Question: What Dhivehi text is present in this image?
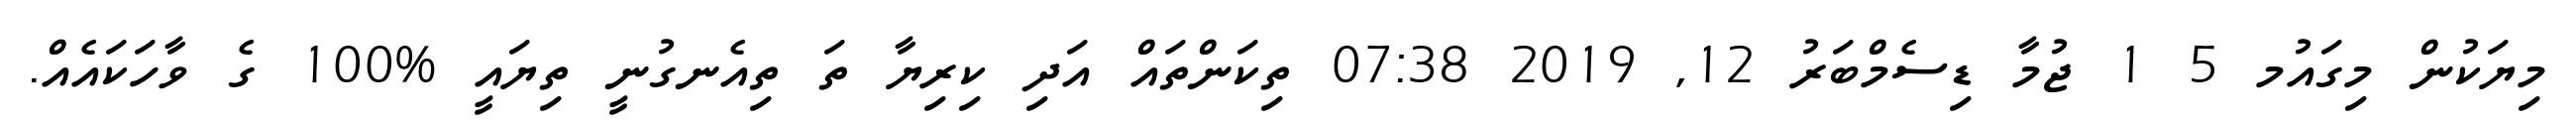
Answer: މިޔަކުން މިގައުމ 5 1 ޖުމާ ޑިސެމްބަރު 12, 2019 07:38 ތިކަންތައް އަދި ކިރިޔާ ތަ ތިއެނގުނީ ތިޔައީ %100 ގެ ވާހަކައެއް.